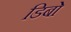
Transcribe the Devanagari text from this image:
डिबो